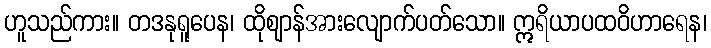
ဟူသည်ကား။ တဒနုရူပေန၊ ထိုဈာန်အားလျောက်ပတ်သော။ ဣရိယာပထဝိဟာရေန၊